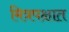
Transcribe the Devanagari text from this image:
मित्रपक्षात